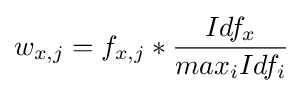
w_{x,j}=f_{x,j}*{\frac {Idf_{x}}{max_{i}Idf_{i}}}